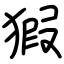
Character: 猳